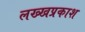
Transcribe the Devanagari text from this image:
लख्खप्रकाश